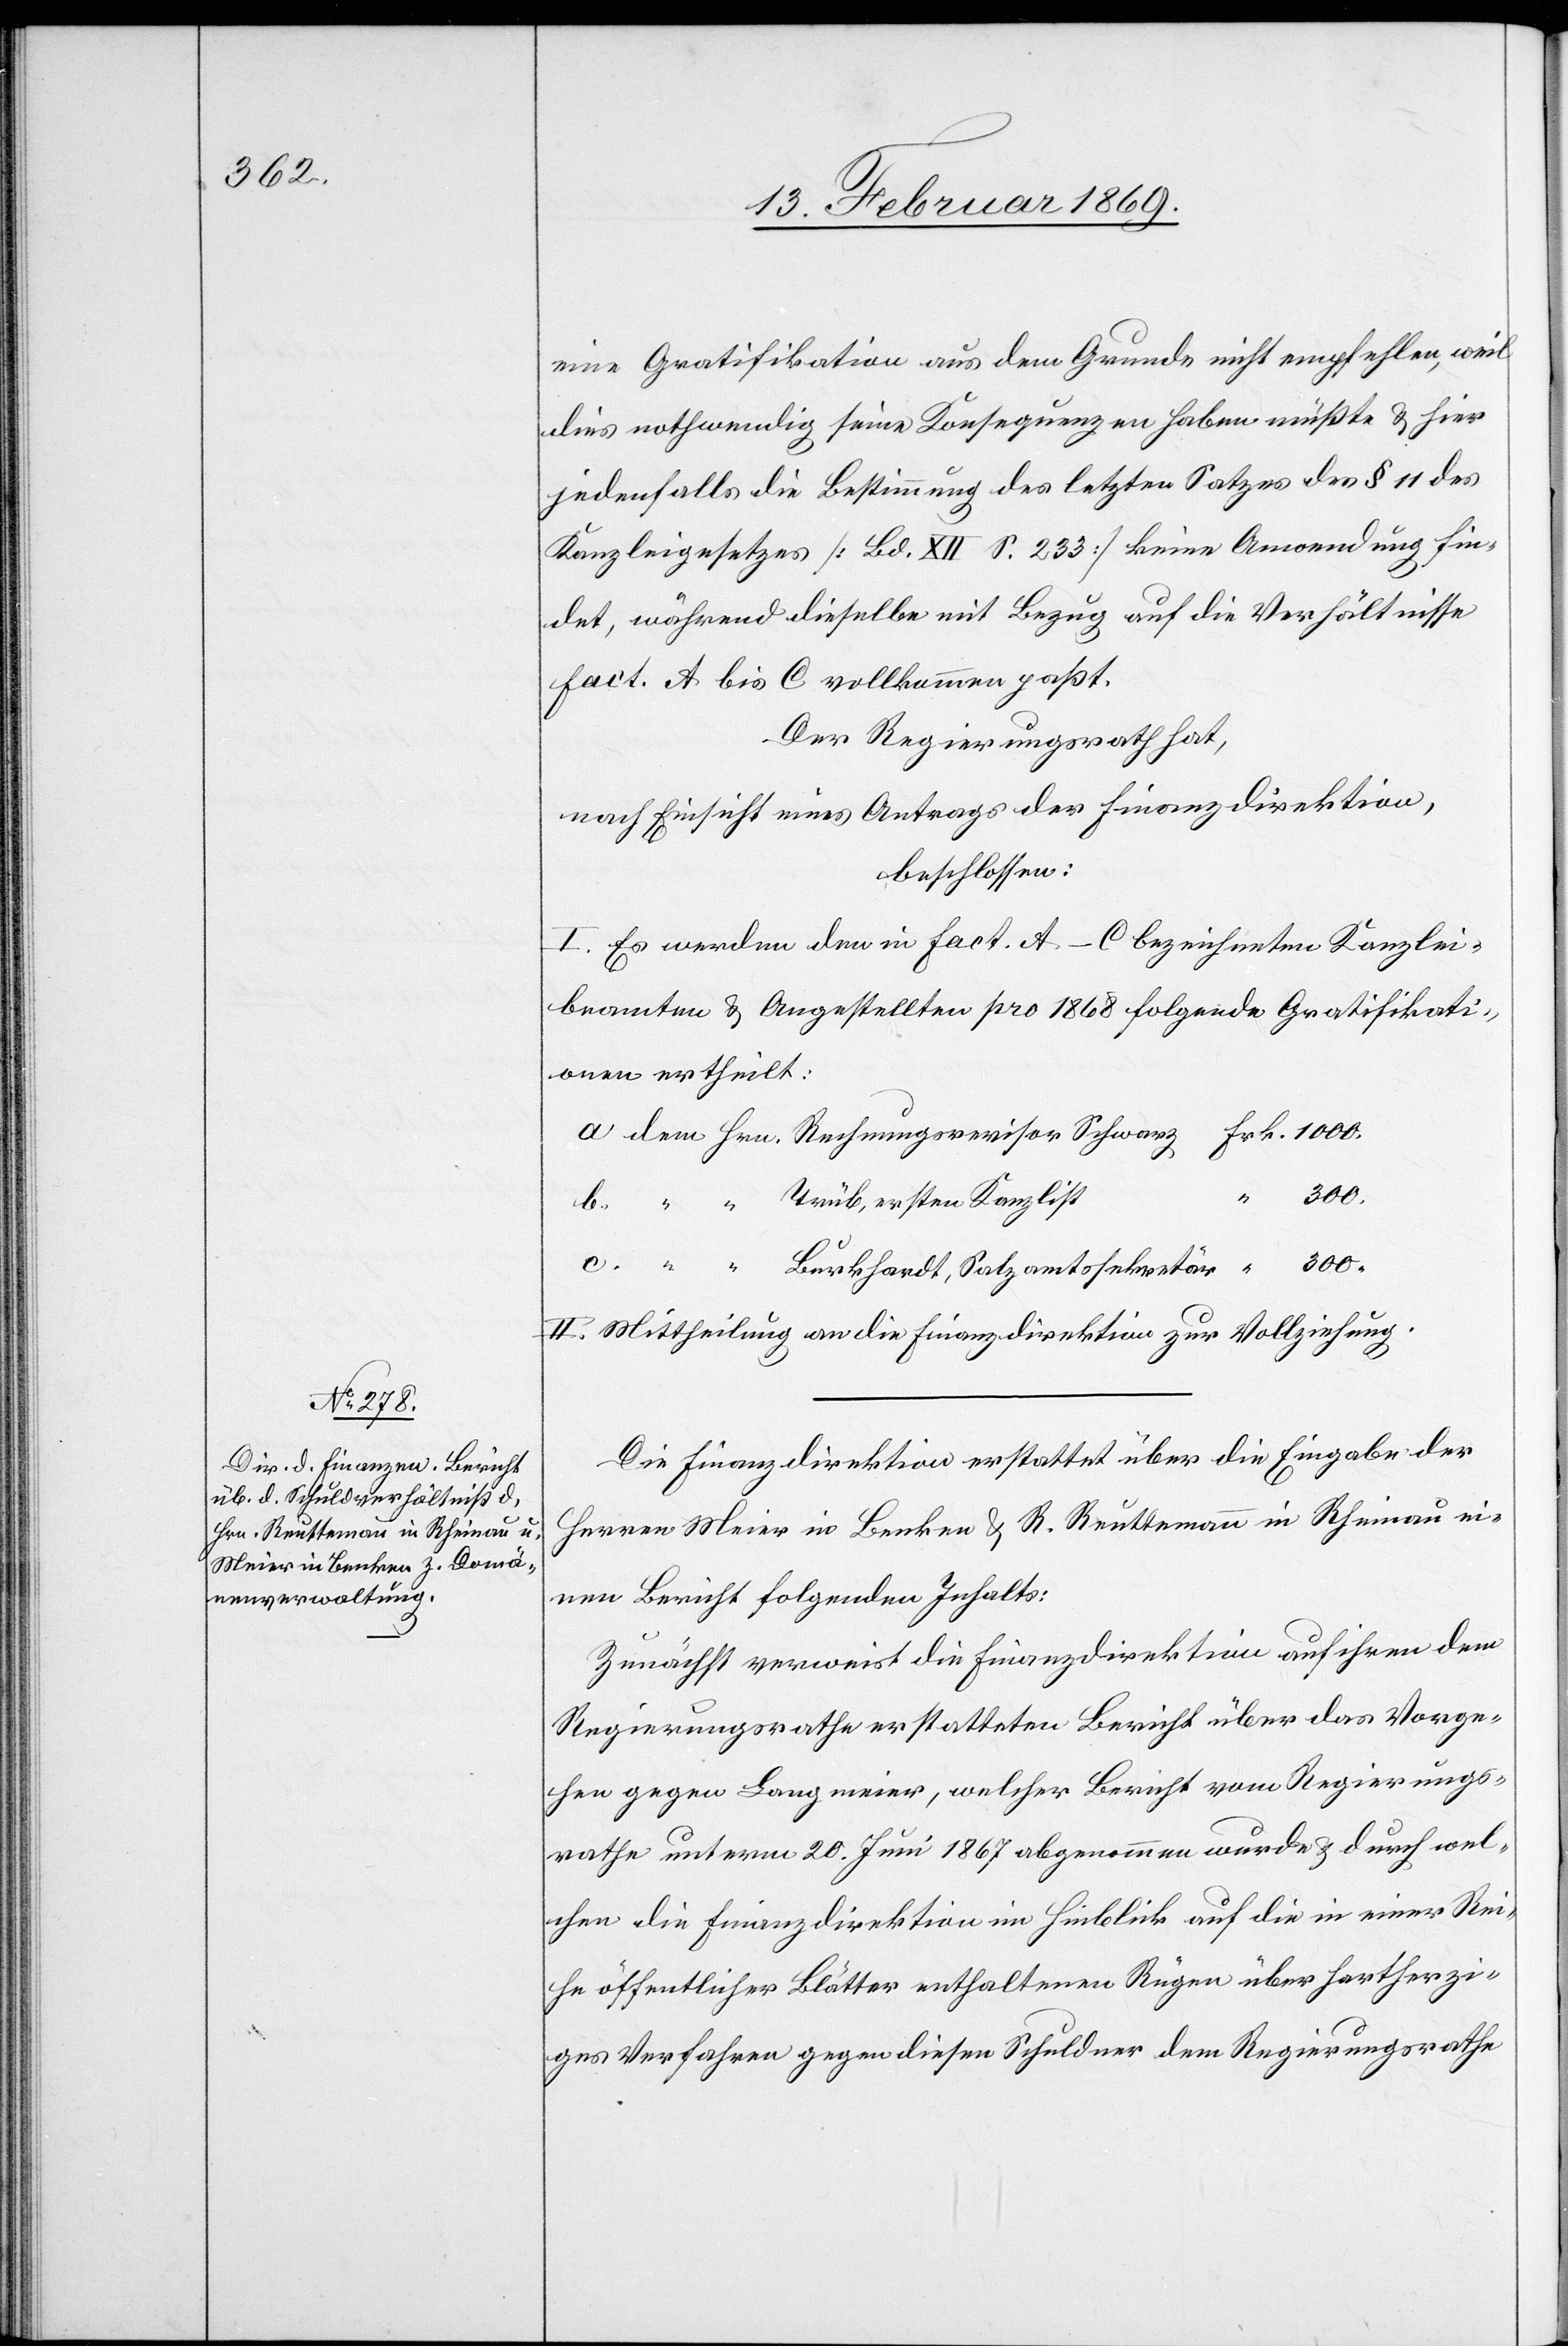
300.

eine Gratifikation aus dem Grunde nicht empfehlen, weil
dies nothwendig seine Konsequenzen haben müßte & hier
jedenfalls die Bestimmung des letzten Satzes des § 11 des
Kanzleigesetzes [Bd. XII S. 233] keine Anordnung fin¬
det, während dieselbe mit Bezug auf die Verhältnisse
Fact. A bis C vollkommen paßt.
Der Regierungsrath hat,
nach Einsicht eines Antrages der Finanzdirektion,
beschlossen:
I. Es werden den in Fact. A–C bezeichneten Kanzlei¬
beamten & Angestellten pro 1868 folgende Gratifikati¬
onen ertheilt:
II. Mittheilung an die Finanzdirektion zur Vollziehung.